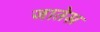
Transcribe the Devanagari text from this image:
जातेस